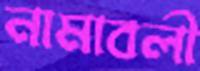
নামাবলী